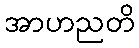
အာဟညတိ